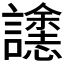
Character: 𮙄